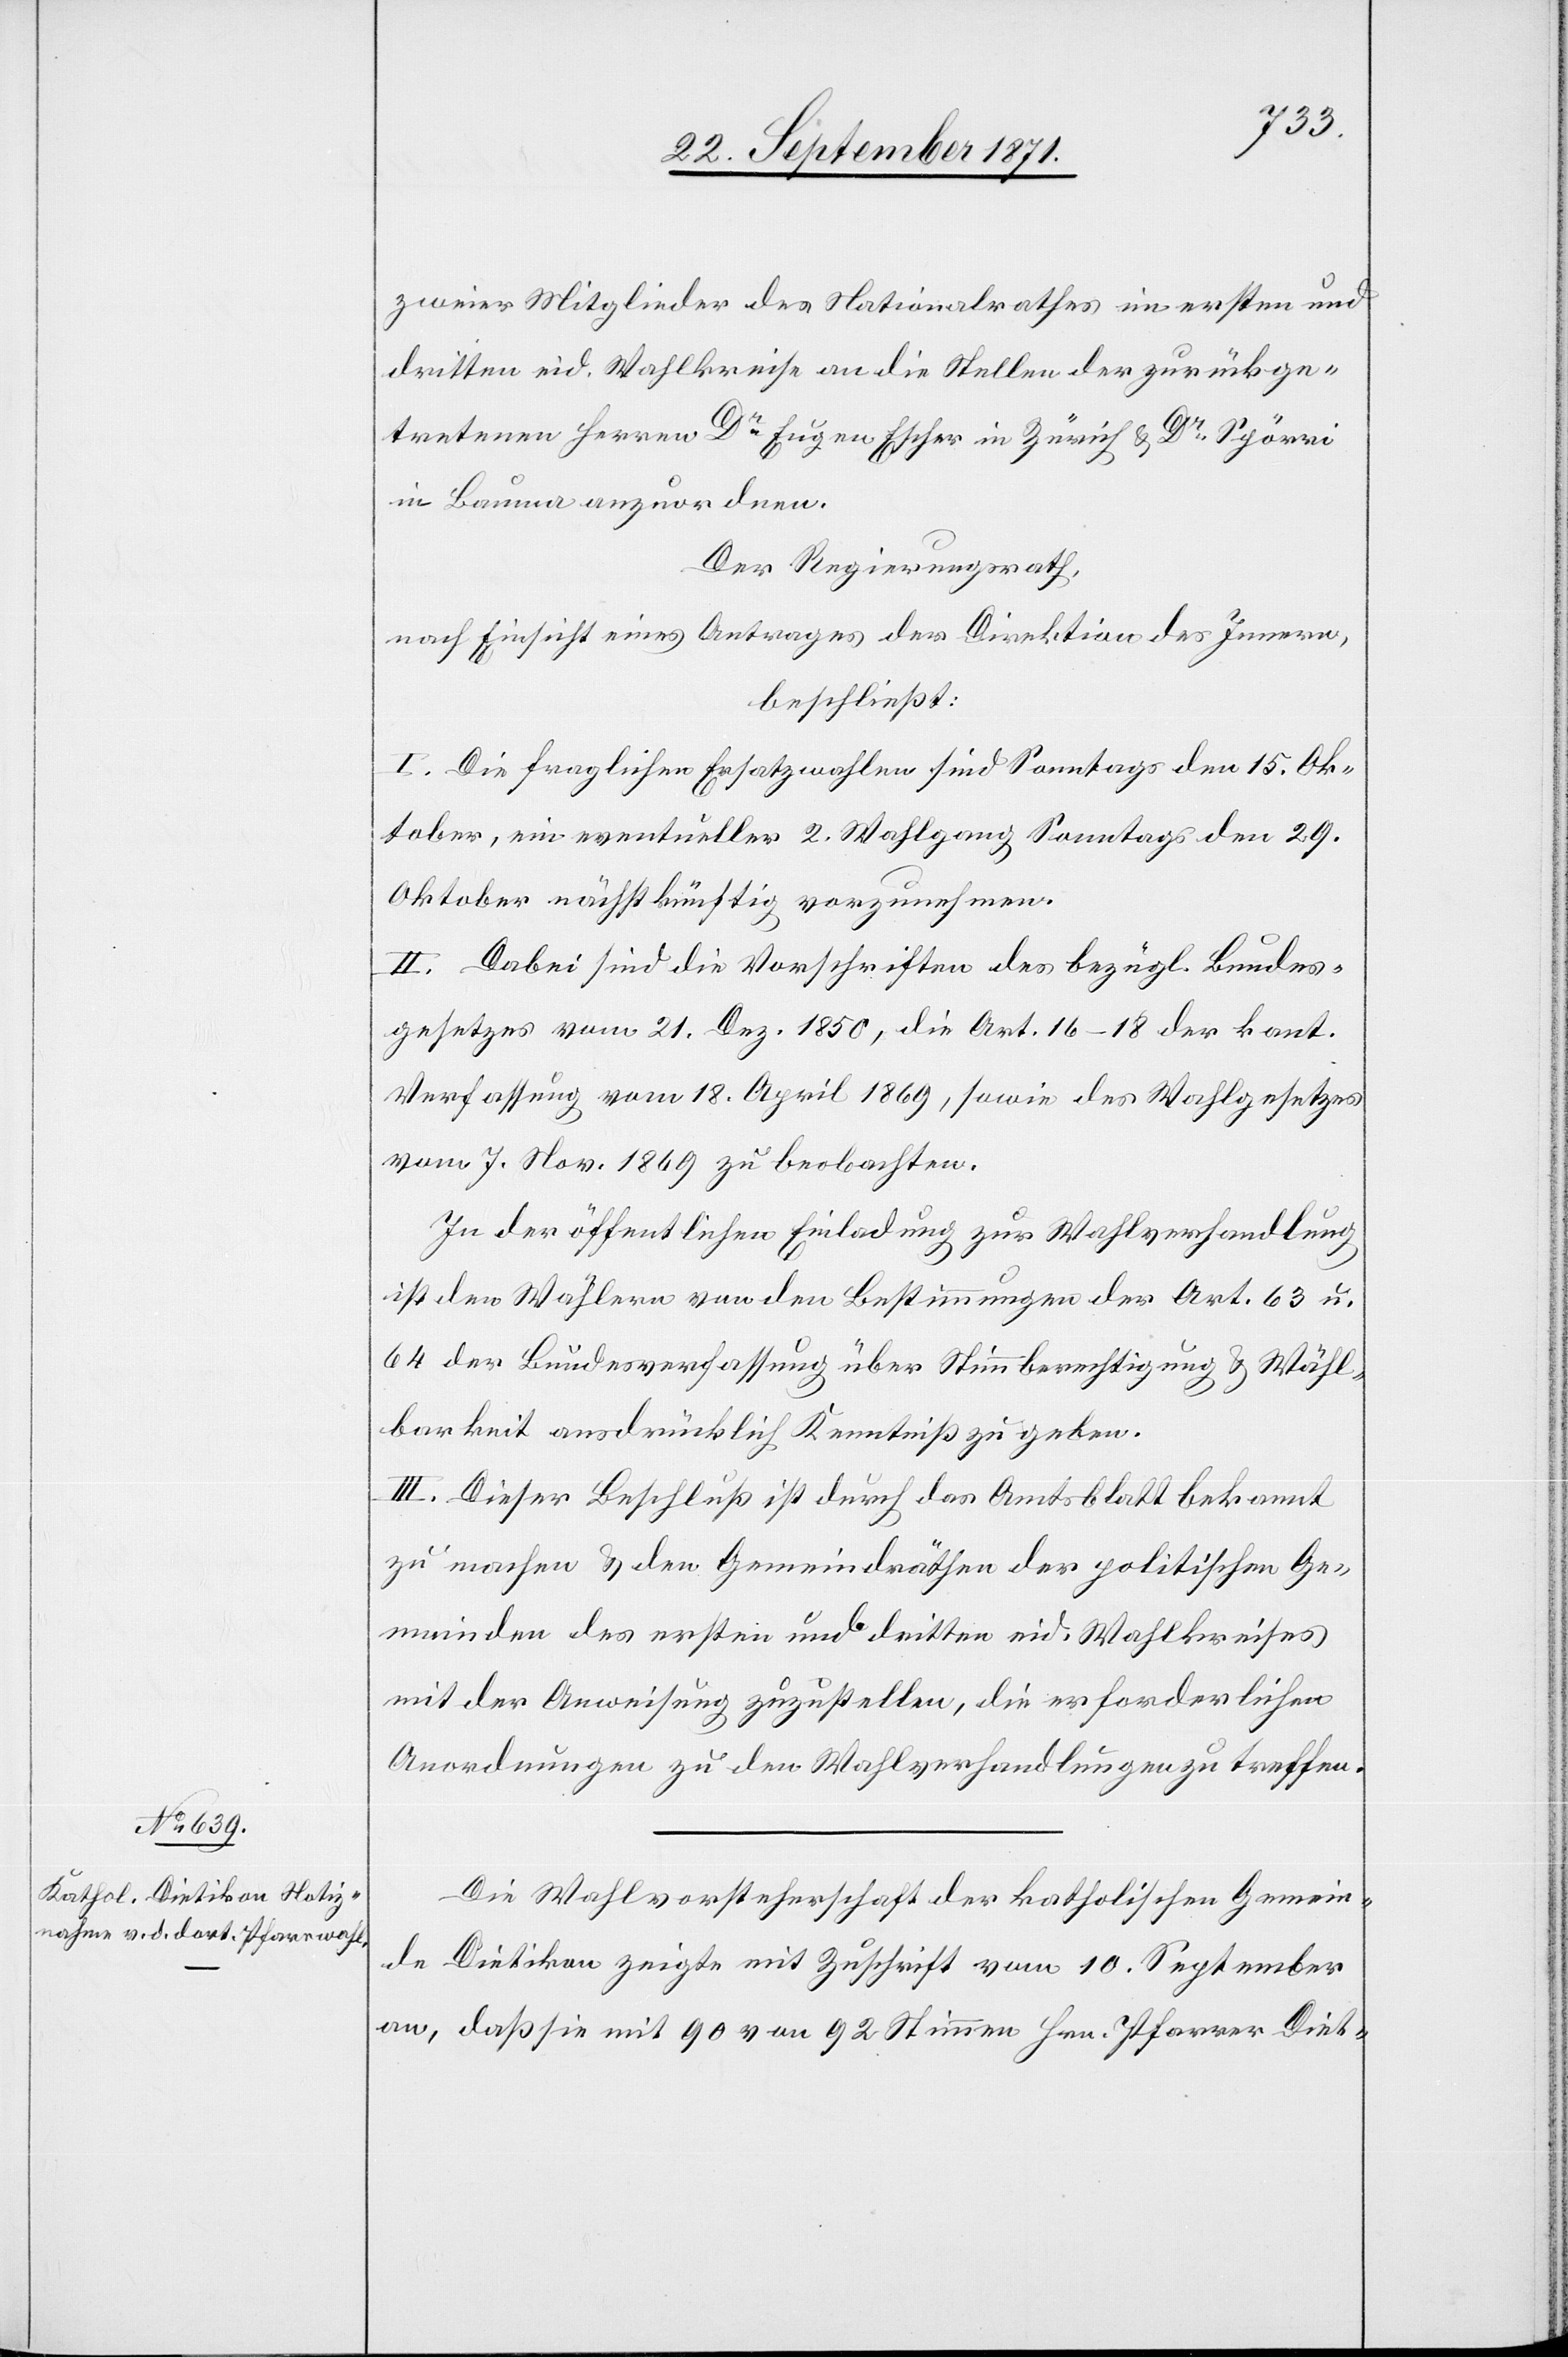
zweier Mitglieder des Nationalrathes im ersten und
dritten eid. Wahlkreise an die Stelle der zurückge¬
tretenen Herren Dr Eugen Escher in Zürich & Dr Spörri
in Bauma anzuordnen.
Der Regierungsrath,
nach Einsicht eines Antrages der Direktion des Innern,
beschließt:
I. Die fraglichen Ersatzwahlen sind Samstags den 15. Ok¬
tober, ein eventueller 2. Wahlgang Sonntags den 29.
Oktober nächstkünftig vorzunehmen.
II. Dabei sind die Vorschriften des bezügl. Bundes¬
gesetztes vom 21. Dez. 1850, die Art. 16–18 der kant.
Verfassung vom 18. April 1869, sowie des Wahlgesetzes
vom 7. Nov. 1869 zu beobachten.
In der öffentlichen Einladung zur Wahlversammlung
ist den Wählern von den Bestimmungen des Art. 63 u.
64 der Bundesverfassung über Stimmberechtigung & Wähl¬
barkeit ausdrücklich Kenntniß zu geben.
III. Dieser Beschluß ist durch das Amtsblatt bekannt
zu machen & den Gemeindräthen der politischen Ge¬
meinden des ersten und dritten eid. Wahlkreises
mit der Anweisung zuzustellen, die erforderlichen
Anordnungen zu den Wahlverhandlungen zu treffen.
Die Wahlvorsteherschaft der katholischen Gemein¬
de Dietikon zeigte mit Zuschrift vom 10. September
an, daß sie mit 90 von 92 Stimmen Hrn. Pfarrer Diet-